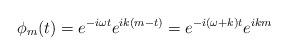
LaTeX: \begin{align*}\phi_m(t) = e^{-i \omega t}e^{ik(m-t)}=e^{-i (\omega+k) t}e^{ikm}\end{align*}